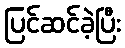
ပြင်ဆင်ခဲ့ပြီး